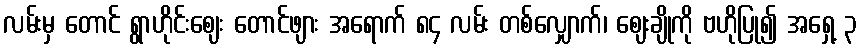
လမ်းမှ တောင် ရွာဟိုင်းဈေး တောင်ဖျား အရောက် ၈၄ လမ်း တစ်လျှောက်၊ ဈေးချိုကို ဗဟိုပြု၍ အရှေ့ ၃